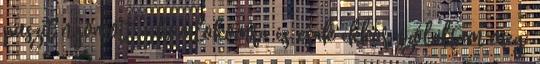
puszit nyomott a homlokomra és csak ekkor szólaltam meg: